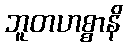
ဘူတဟစ္စာနိ